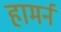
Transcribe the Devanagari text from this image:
हामर्न